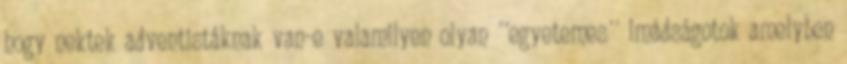
hogy nektek adventistáknak van-e valamilyen olyan ´´egyetemes´´ imádságotok amelyben